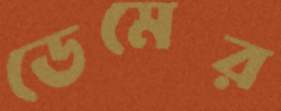
ডেমের